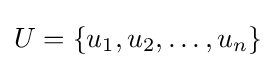
U=\{u_{1},u_{2},\dots ,u_{n}\}